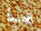
هذا